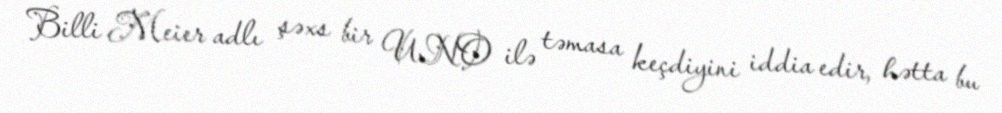
Billi Meier adlı şəxs bir UNO ilə təmasa keçdiyini iddia edir, hətta bu